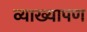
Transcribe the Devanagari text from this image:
व्याख्यापण